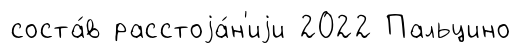
соста́в расстоjа́н'иjи 2022 Пальцино